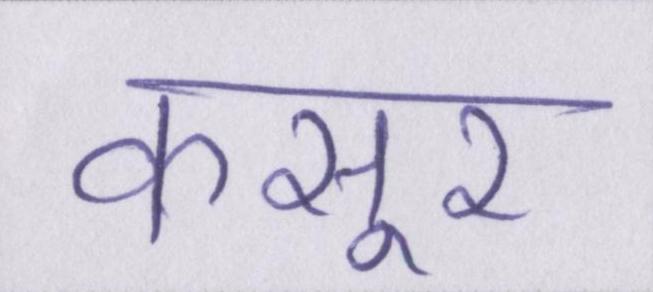
कसूर